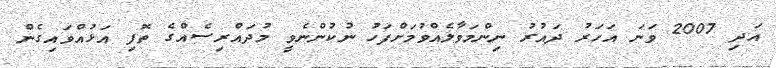
އަދި 2007 ވަނަ އަހަރު ދައުރު ނިންމަވާލެއްވުމަށްފަހު ނުކުންނެވީ މުދައްރިސެއްގެ ތޮފި އަޅުއްވައިގެން